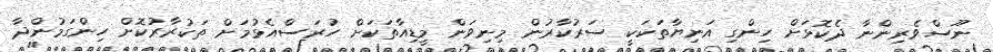
ނޫސްވެރިންނާ ދެކޮޅަށް ހިންގި އަނިޔާތަކަކީ ސަރުކާރުން މިނިވަން މީޑިއާތަކަށް ހުރަސްއެޅުމަށް ތަކުރާރުކޮށް ހިންގަމުންދާ